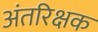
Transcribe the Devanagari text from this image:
अंतरिक्षक